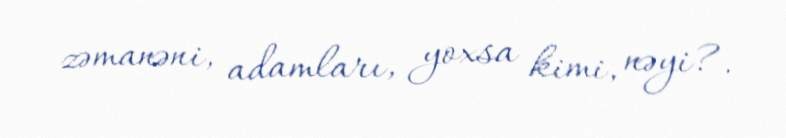
zəmanəni, adamları, yoxsa kimi, nəyi?.